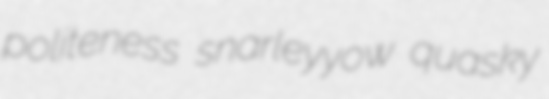
politeness snarleyyow quasky